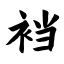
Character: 裆